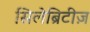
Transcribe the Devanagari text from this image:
सिलेब्रिटीज़